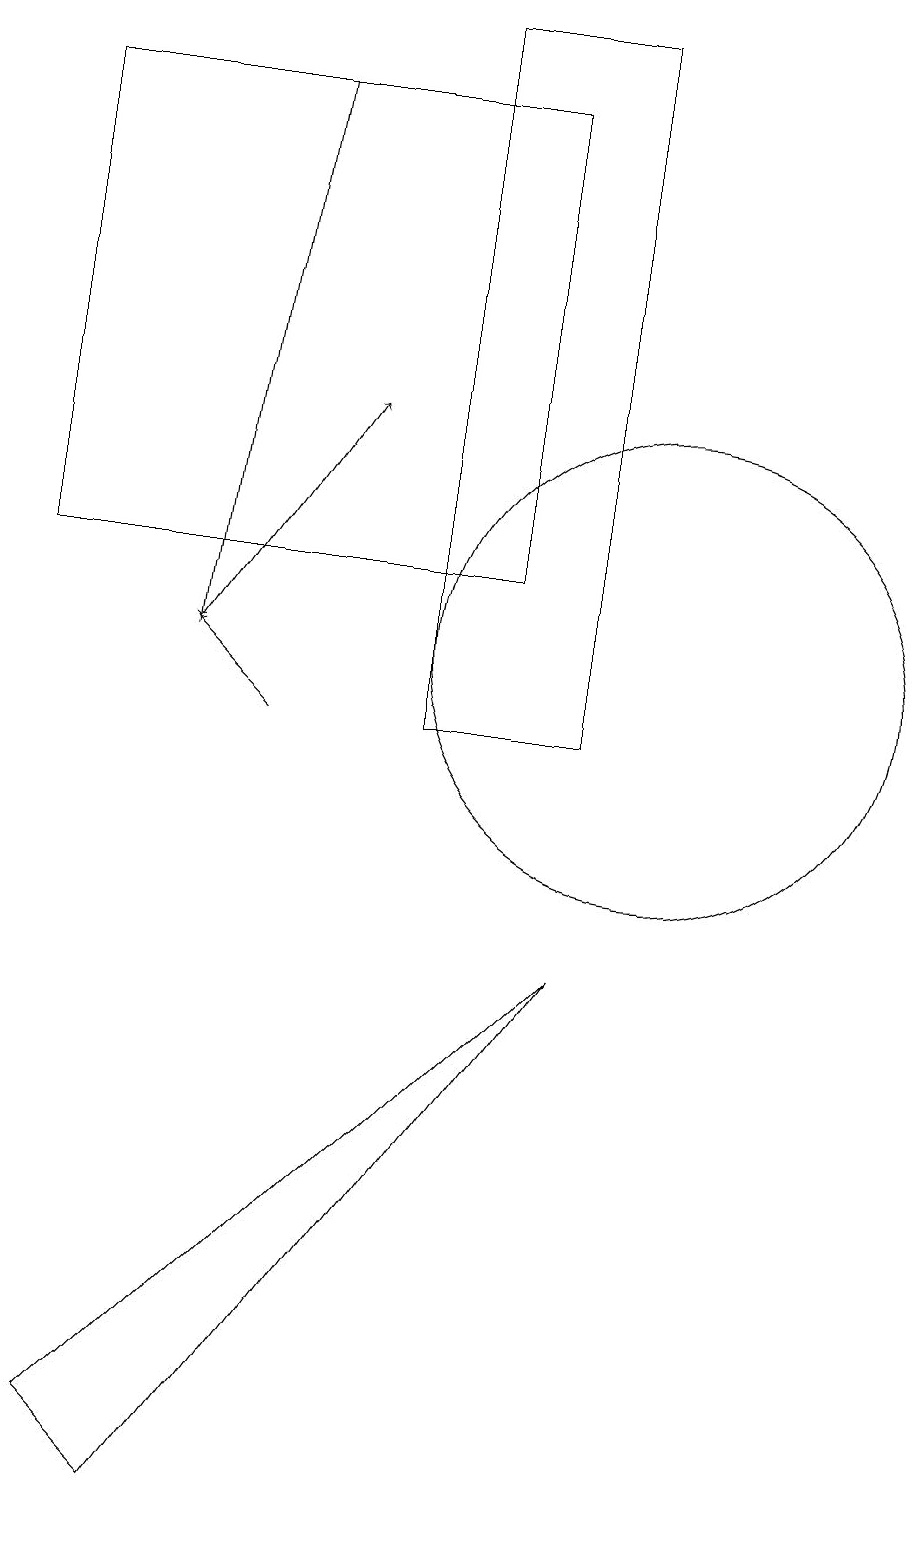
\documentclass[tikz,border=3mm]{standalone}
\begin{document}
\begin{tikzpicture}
\draw (2,18) rectangle (8,12);
\draw (10,11) circle (3);
\draw[->] (4,11) -- (6,14);
\draw (9,10) rectangle (7,19);
\draw[->] (5,18) -- (4,11);
\draw[->] (5,10) -- (4,11);
\draw (9,7) -- (3,1) -- (4,0) -- cycle;
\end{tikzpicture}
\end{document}